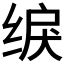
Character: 𫄫